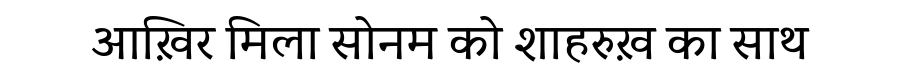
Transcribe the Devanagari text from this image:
आख़िर मिला सोनम को शाहरुख़ का साथ